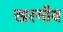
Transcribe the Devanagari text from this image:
खरगाँव